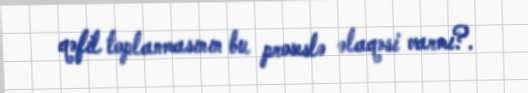
qəfil toplanmasının bu proseslə əlaqəsi varmı?.